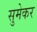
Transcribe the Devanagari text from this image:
सुमेकर